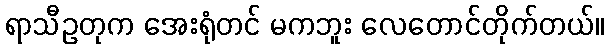
ရာသီဥတုက အေးရုံတင် မကဘူး လေတောင်တိုက်တယ်။